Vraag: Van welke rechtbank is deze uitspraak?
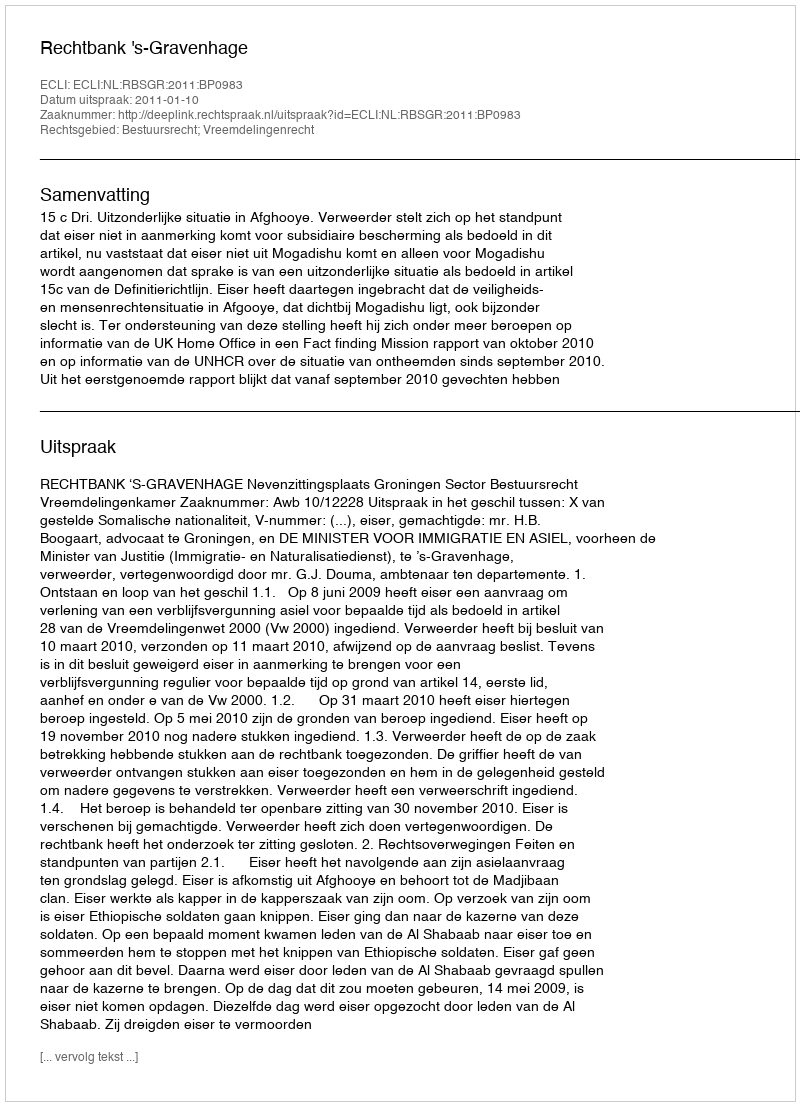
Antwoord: Rechtbank 's-Gravenhage